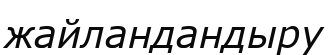
жайландандыру